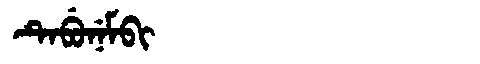
Manchu: ᡨᡝᠪᡠᠨᡝᠮᠪᡳ
Romanization: TEBUNEMBI